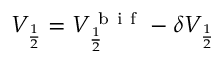
V _ { \frac { 1 } { 2 } } = V _ { \frac { 1 } { 2 } } ^ { \mathrm { ~ b ~ i ~ f ~ } } - \delta V _ { \frac { 1 } { 2 } }